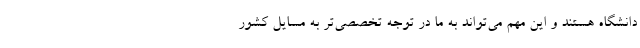
دانشگاه هستند و این مهم می‌تواند به ما در توجه تخصصی‌تر به مسایل کشور